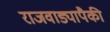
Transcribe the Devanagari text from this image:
राजवाड्यापैकी